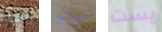
تشاز موتوا يست